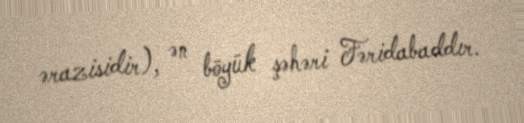
ərazisidir), ən böyük şəhəri Fəridabaddır.